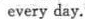
every day